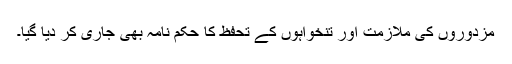
مزدوروں کی ملازمت اور تنخواہوں کے تحفظ کا حکم نامہ بھی جاری کر دیا گیا۔